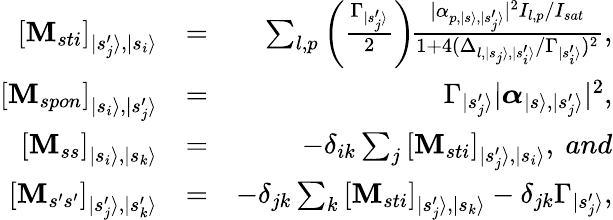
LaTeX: \begin{array}{rlr}{\left[\mathbf{M}_{sti}\right]_{|s_{j}^{\prime}\rangle,|s_{i}\rangle}}&{=}&{\sum_{l,p}\left({\frac{\Gamma_{|s_{j}^{\prime}\rangle}}{2}}\right)\! {\frac{|\alpha_{p,|s\rangle,|s_{j}^{\prime}\rangle}|^{2}I_{l,p}/I_{sat}}{1+4(\Delta_{l,|s_{j}\rangle,|s_{i}^{\prime}\rangle}/\Gamma_{|s_{i}^{\prime}\rangle})^{2}}},}\\ {\left[\mathbf{M}_{spon}\right]_{|s_{i}\rangle,|s_{j}^{\prime}\rangle}}&{=}&{\Gamma_{|s_{j}^{\prime}\rangle}|\boldsymbol{\alpha}_{|s\rangle,|s_{j}^{\prime}\rangle}|^{2},}\\ {\left[\mathbf{M}_{ss}\right]_{|s_{i}\rangle,|s_{k}\rangle}}&{=}&{-\delta_{ik}\sum_{j}\left[\mathbf{M}_{sti}\right]_{|s_{j}^{\prime}\rangle,|s_{i}\rangle},\ and}\\ {\left[\mathbf{M}_{s^{\prime}s^{\prime}}\right]_{|s_{j}^{\prime}\rangle,|s_{k}^{\prime}\rangle}}&{=}&{-\delta_{jk}\sum_{k}\left[\mathbf{M}_{sti}\right]_{|s_{j}^{\prime}\rangle,|s_{k}\rangle}-\delta_{jk}\Gamma_{|s_{j}^{\prime}\rangle},}\end{array}